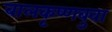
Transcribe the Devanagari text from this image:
बालकृष्णबुवा